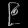
Digit: ၉